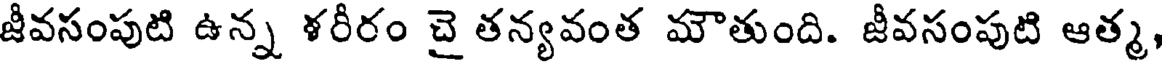
జీవసంపుటి ఉన్న ళరీరం చై తన్యవంత మౌతుంది. జీవసంపుటి ఆత్మ,